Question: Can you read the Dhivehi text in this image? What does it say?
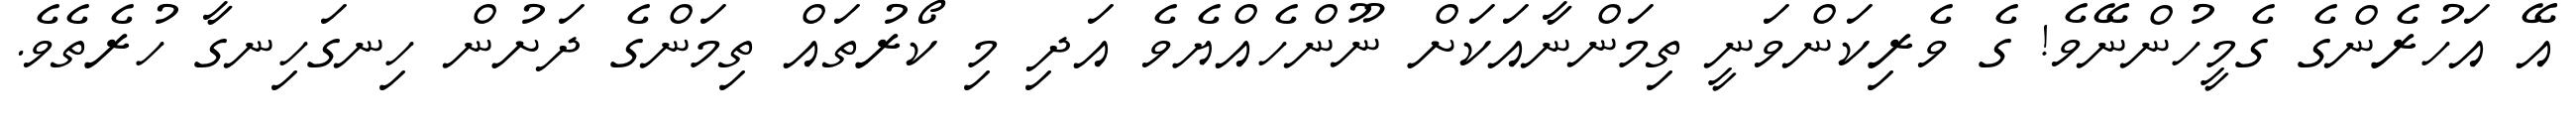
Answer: އޭ އަހުރެންގެ ގެމީހުންނޭވެ! ގެ ވެރިކަންވަނީ ތިމަންނާއަކަށް ނޫންހެއްޔެވެ އަދި މި ކޯރުތައް ތިމަންގެ ދަށުން ހިނގަހިނގާ ހުރެތެވެ.